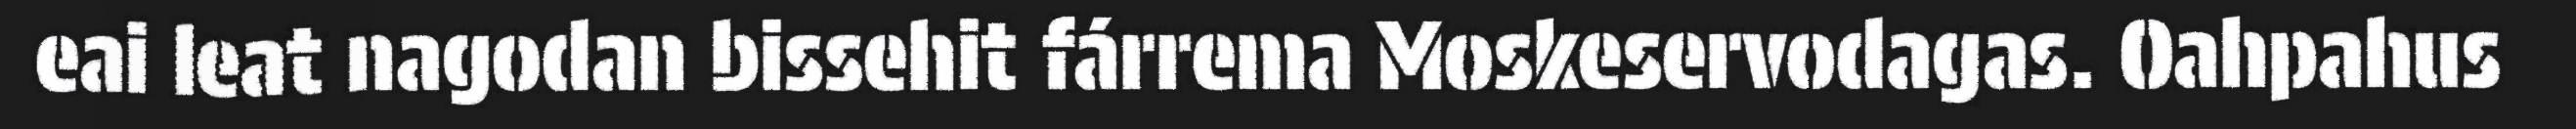
eai leat nagodan bissehit fárrema Moskeservodagas. Oahpahus